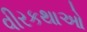
વીરકથાઓ